Black-water fever - Number 35
Disease focus: Fever
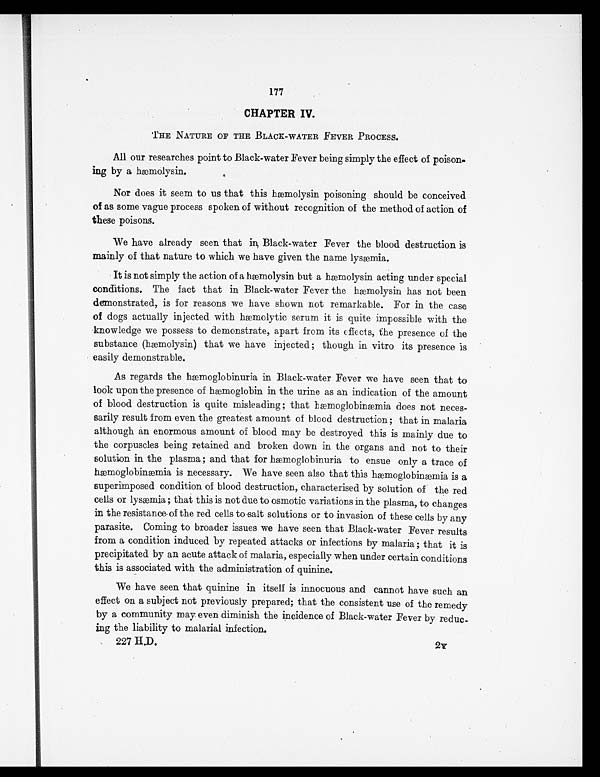
177
CHAPTER IV.
THE NATURE OF THE BLACK-WATER FEVER PROCESS.
All our researches point to Black-water Fever being simply the effect of poison-
ing by a hæmolysin.
Nor does it seem to us that this hæmolysin poisoning should be conceived
of as some vague process spoken of without recognition of the method of action of
these poisons.
We have already seen that in Black-water Fever the blood destruction is
mainly of that nature to which we have given the name lysæmia.
It is not simply the action of a hæmolysin but a hæmolysin acting under special
conditions. The fact that in Black-water Fever the hæmolysin has not been
demonstrated, is for reasons we have shown not remarkable. For in the case
of dogs actually injected with hæmolytic serum it is quite impossible with the
knowledge we possess to demonstrate, apart from its effects, the presence of the
substance (hæmolysin) that we have injected ; though in vitro its presence is
easily demonstrable.
As regards the hæmoglobinuria in Black-water Fever we have seen that to
look upon the presence of hæmoglobin in the urine as an indication of the amount
of blood destruction is quite misleading ; that hæmoglobinæmia does not neces-
sarily result from even the greatest amount of blood destruction ; that in malaria
although an enormous amount of blood may be destroyed this is mainly due to
the corpuscles being retained and broken down in the organs and not to their
solution in the plasma ; and that for hæmoglobinuria to ensue only a trace of
hæmoglobinæmia is necessary. We have seen also that this hæmoglobinæmia is a
superimposed condition of blood destruction, characterised by solution of the red
cells or lysæmia ; that this is not due to osmotic variations in the plasma, to changes
in the resistance of the red cells to salt solutions or to invasion of these cells by any
parasite. Coming to broader issues we have seen that Black-water Fever results
from a condition induced by repeated attacks or infections by malaria ; that it is
precipitated by an acute attack of malaria, especially when under certain conditions
this is associated with the administration of quinine.
We have seen that quinine in itself is innocuous and cannot have such an
effect on a subject not previously prepared; that the consistent use of the remedy
by a community may even diminish the incidence of Black-water Fever by reduc-
ing the liability to malarial infection.
227 H.D.
2Y